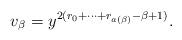
LaTeX: \begin{align*}v_\beta = y^{2(r_0+\cdots + r_{a(\beta)}-\beta+1)}.\end{align*}